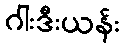
ဂါးဒီးယန်း